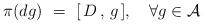
LaTeX: \begin{align*}\pi(dg)\,\,=\,\,[\,D\,,\,g\,], \,\,\,\,\,\,\forall g \in {\cal A}\end{align*}